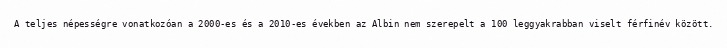
A teljes népességre vonatkozóan a 2000-es és a 2010-es években az Albin nem szerepelt a 100 leggyakrabban viselt férfinév között.